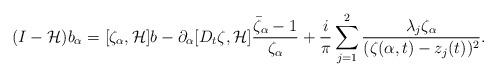
LaTeX: \begin{align*}(I-\mathcal{H})b_{\alpha}=[\zeta_{\alpha}, \mathcal{H}]b-\partial_{\alpha}[D_t\zeta, \mathcal{H}]\frac{\bar{\zeta}_{\alpha}-1}{\zeta_{\alpha}}+\frac{i}{\pi}\sum_{j=1}^2 \frac{\lambda_j \zeta_{\alpha}}{(\zeta(\alpha,t)-z_j(t))^2}.\end{align*}